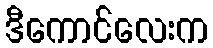
ဒီကောင်လေးက